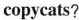
copycats?